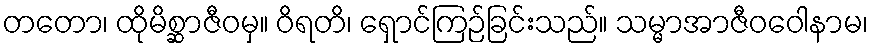
တတော၊ ထိုမိစ္ဆာဇီဝမှ။ ဝိရတိ၊ ရှောင်ကြဉ်ခြင်းသည်။ သမ္မာအာဇီဝဝေါနာမ၊